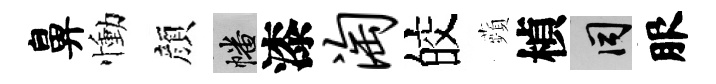
鼻慟顔幡漆淘皎蘋楨间服